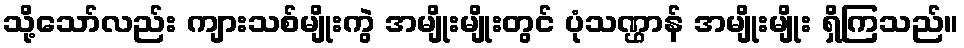
သို့သော်လည်း ကျားသစ်မျိုးကွဲ အမျိုးမျိုးတွင် ပုံသဏ္ဌာန် အမျိုးမျိုး ရှိကြသည်။